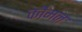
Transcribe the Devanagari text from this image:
कौमन